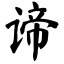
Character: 谛